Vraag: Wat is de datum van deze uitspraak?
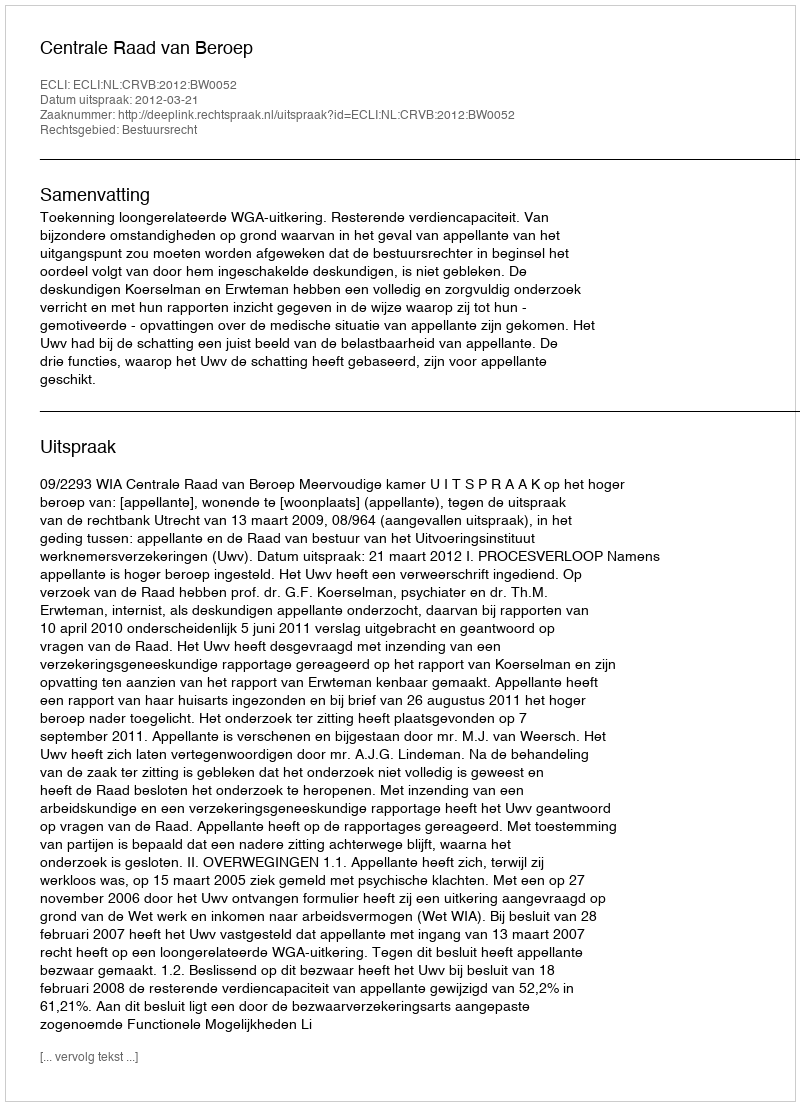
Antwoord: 2012-03-21